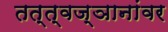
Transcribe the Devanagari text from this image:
तत्त्वज्ञानांवर